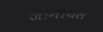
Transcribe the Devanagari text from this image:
जीनीयस